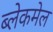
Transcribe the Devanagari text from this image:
ब्लेकमेल